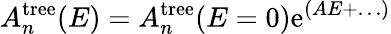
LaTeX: A_{n}^{\mathrm{tree}}(E)=A_{n}^{\mathrm{tree}}(E=0)\mathrm{e}^{(AE+\ldots)}